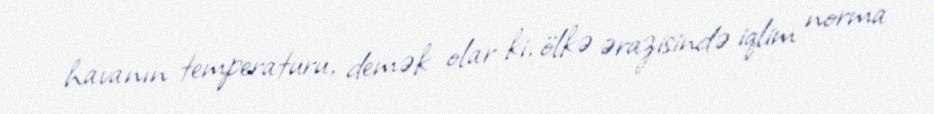
havanın temperaturu, demək olar ki, ölkə ərazisində iqlim norma